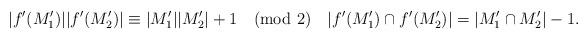
LaTeX: \begin{align*}|f'(M'_1)||f'(M'_2)|\equiv |M'_1||M'_2|+1\pmod2\quad|f'(M'_1)\cap f'(M'_2)|=|M'_1\cap M'_2|-1.\end{align*}